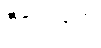
ဖီလင်တွေ